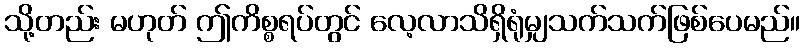
သို့တည်း မဟုတ် ဤကိစ္စရပ်တွင် လေ့လာသိရှိရုံမျှသက်သက်ဖြစ်ပေမည်။